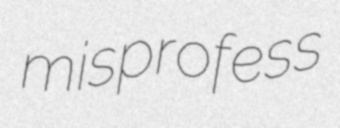
misprofess